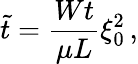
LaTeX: \tilde{t}=\frac{Wt}{\mu L}\xi_{0}^{2}\, ,